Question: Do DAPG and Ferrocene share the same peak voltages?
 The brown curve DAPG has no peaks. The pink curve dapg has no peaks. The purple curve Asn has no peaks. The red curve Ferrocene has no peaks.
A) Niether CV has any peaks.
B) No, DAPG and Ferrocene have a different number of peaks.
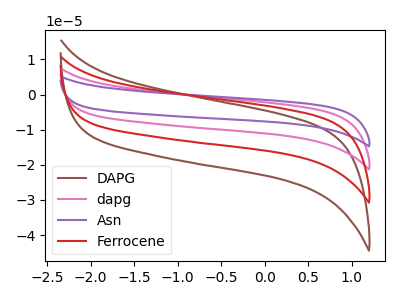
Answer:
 <answer>A) Niether CV has any peaks.</answer>
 <eval>A</eval>